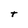
Character: T